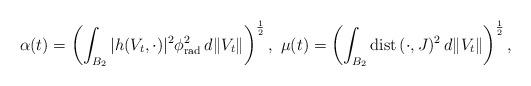
LaTeX: \begin{align*}\alpha(t)=\left(\int_{B_2}|h(V_t,\cdot)|^2\phi_{\rm rad}^2\, d\|V_t\|\right)^{\frac12},\,\,\mu(t)=\left(\int_{B_2}{\rm dist}\, (\cdot, J)^2\, d\|V_t\|\right)^{\frac12},\end{align*}